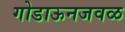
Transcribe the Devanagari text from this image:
गोडाऊनजवळ